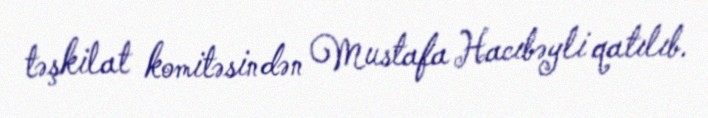
təşkilat komitəsindən Mustafa Hacıbəyli qatılıb.